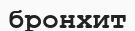
бронхит